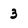
Character: 3